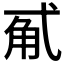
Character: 𰐏